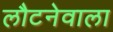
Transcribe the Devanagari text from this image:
लौटनेवाला